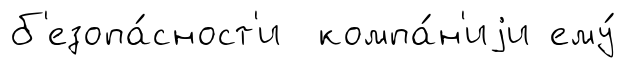
б'езопа́сност'и компа́н'иjи ему́